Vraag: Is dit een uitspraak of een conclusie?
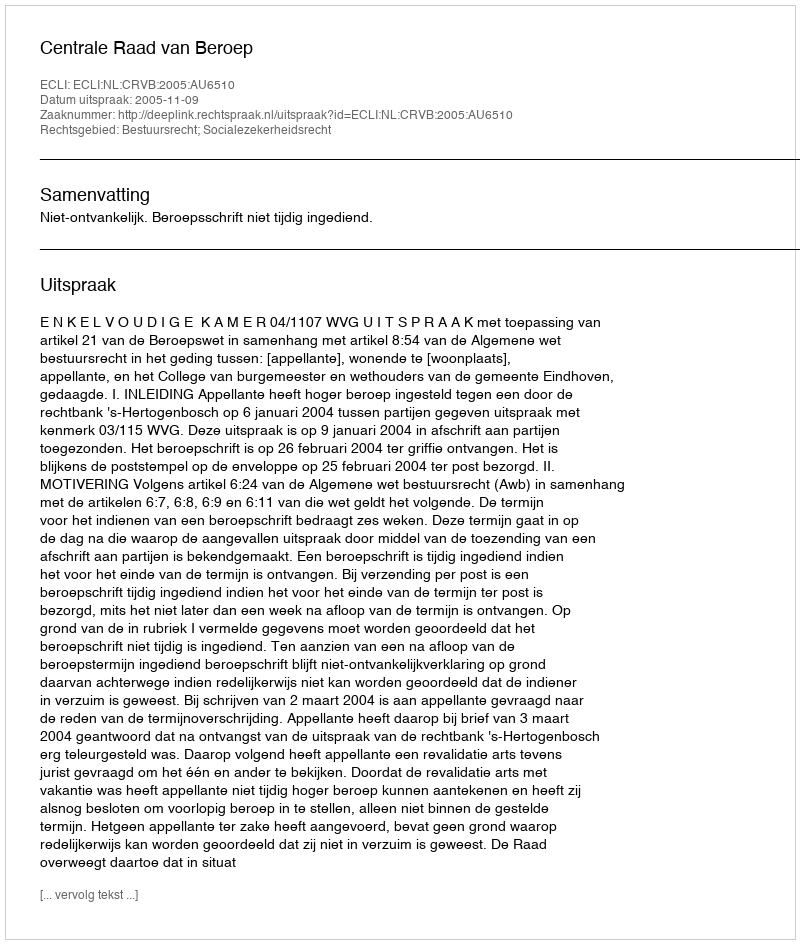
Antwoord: Uitspraak